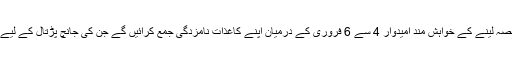
انتخابی شیڈول کے مطابق الیکشن میں حصہ لینے کے خواہش مند امیدوار 4 سے 6 فروری کے درمیان اپنے کاغذاتِ نامزدگی جمع کرائیں گے جن کی جانچ پڑتال کے لیے 9 فروری کی تاریخ مقرر کی گئی ہے۔